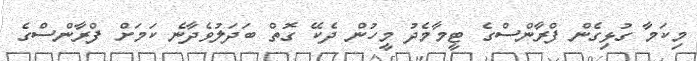
މިކަމާ ގުޅިގެން ފްރާންސްގެ ޓީމާމެދު މީހުން ދެކޭ ގޮތް ބަދަލުވެދާނެ ކަމަށް ފްރާންސްގެ